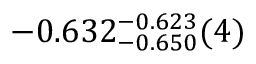
- 0 . 6 3 2 _ { - 0 . 6 5 0 } ^ { - 0 . 6 2 3 } ( 4 )